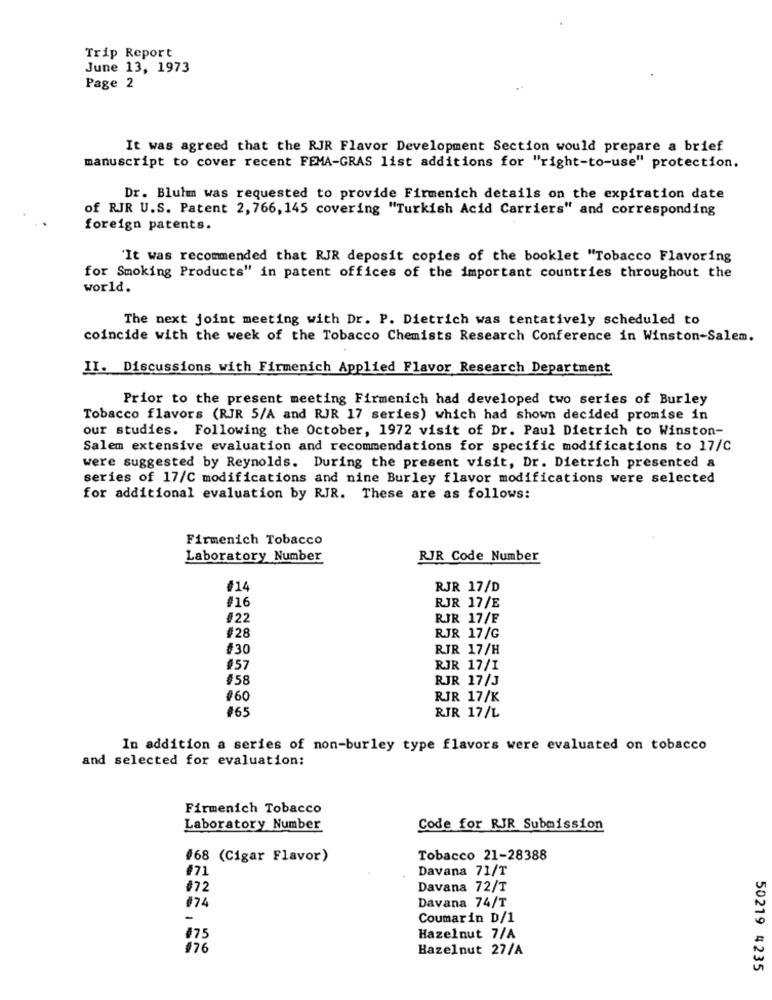
Trip Report
June 13, 1973
Page 2
It was agreed that the RJR Flavor Development Section would prepare a brief
manuscript to cover recent FEMA-GRAS list additions for "right-to-use" protection.
Dr. Blulm was requested to provide Firmenich details on the expiration date
of RJR U.S. Patent 2, 766, 145 covering "Turkish Acid Carriers" and corresponding
foreign patents.
'It was recommended that RJR deposit copies of the booklet "Tobacco Flavoring
for Smoking Products" in patent offices of the important countries throughout the
world.
The next joint meeting with Dr. P. Dietrich was tentatively scheduled to
coincide with the week of the Tobacco Chemists Research Conference in Winston-Salem.
II. Discussions with Firmenich Applied Flavor Research Department
Prior to the present meeting Firmenich had developed two series of Burley
Tobacco flavors (RJR 5/A and RJR 17 series) which had shown decided promise in
our studies. Following the October, 1972 visit of Dr. Paul Dietrich to Winston-
Salem extensive evaluation and recommendations for specific modifications to 17/C
were suggested by Reynolds. During the present visit, Dr. Dietrich presented a
series of 17/C modifications and nine Burley flavor modifications were selected
for additional evaluation by RJR. These are as follows:
Firmenich Tobacco
Laboratory Number
RJR Code Number
#14
RJR 17/D
RJR 17/E
#16
#22
RJR 17/F
#28
RJR 17/G
#30
RIR 17/H
#57
RJR 17/1
#58
RJR 17/J
#60
RJR 17/K
#65
RIR 17/L
In addition a series of non-burley type flavors were evaluated on tobacco
and selected for evaluation;
Firmenich Tobacco
Laboratory Number
Code for RJR Submission
#68 (Cigar Flavor)
Tobacco 21-28388
Davana 71/T
#71
#72
Davana 72/T
174
Davana 74/T
-
Coumarin D/1
#75
Hazelnut 7/A
#76
Hazelnut 27/A
50219 4235